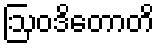
ဩဝဒိတောတိ